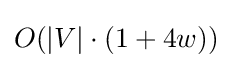
O(|V|\cdot (1+4w))